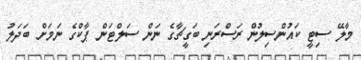
މާލޭ ސިޓީ ކައުންސިލުން ރަސްރަނި ބަގީޗާގެ ނަން ސަލްޓަން ޕާކްގެ ނަމަށް ބަދަލު